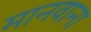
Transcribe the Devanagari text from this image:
मानवाना